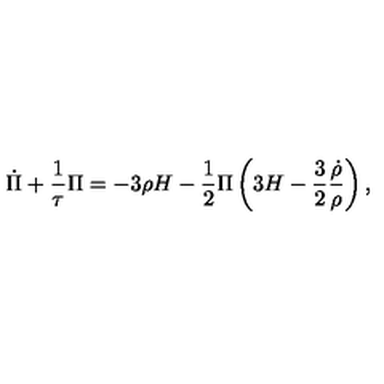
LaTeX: \dot { \Pi } + \frac 1 { \tau } \Pi = - 3 \rho H - \frac 1 2 \Pi \left( 3 H - \frac 3 2 \frac { \dot { \rho } } { \rho } \right) ,